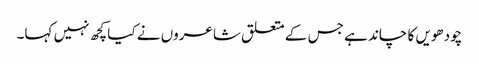
چودھویں کا چاند ہے جس کے متعلق شاعروں نے کیا کچھ نہیں کہا۔